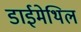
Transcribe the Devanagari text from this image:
डाईमेथिल